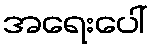
အရေးပေါ်